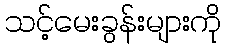
သင့်မေးခွန်းများကို